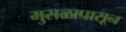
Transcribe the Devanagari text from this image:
मुसळापासून